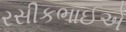
રસીકભાઈએ